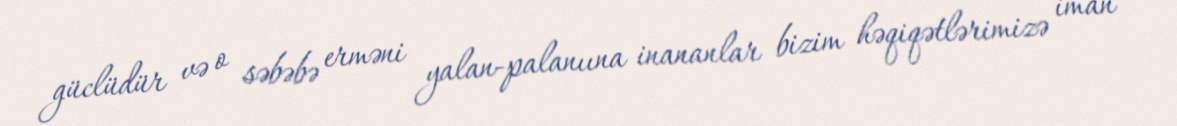
güclüdür və o səbəbə erməni yalan-palanıına inananlar bizim həqiqətlərimizə iman